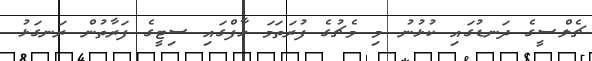
ޗެލްސީގެ ދަނޑުގައި ކުޅުނު މި މެޗުގެ ފުރަތަމަ ހާފްގައި ސިޓީގެ ފަރާތުން ރަނގަޅު